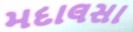
મદાલસા